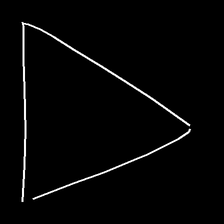
Glyph: convergence